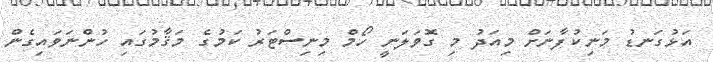
އަޅުގަނޑު މަނިކުފާނަށް މިއަދު މި ގޮވަލަނީ ހޯމް މިނިސްޓަރު ކަމުގެ މަޤާމުގައި ހުންނަވައިގެން